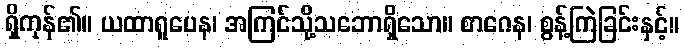
ရှိကုန်၏။ ယထာရူပေန၊ အကြင်သို့သဘောရှိသော။ စာဂေန၊ စွန့်ကြဲခြင်းနှင့်။